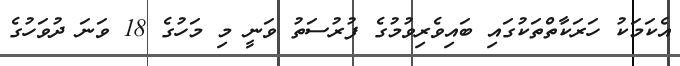
އެކަމަކު ހަރަކާތްތަކުގައި ބައިވެރިވުމުގެ ފުރުސަތު ވަނީ މި މަހުގެ 18 ވަނަ ދުވަހުގެ